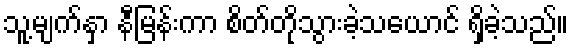
သူ့မျက်နှာ နီမြန်းကာ စိတ်တိုသွားခဲ့သယောင် ရှိခဲ့သည်။